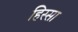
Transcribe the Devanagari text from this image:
हिस्सा